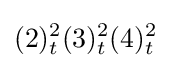
(2)_{t}^{2}(3)_{t}^{2}(4)_{t}^{2}